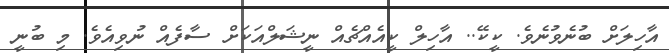
އާހިލަށް ބުނެވުނެވެ. ކީކޭ.. އާހިލް ކީއެއްޗެއް ނީޝަލްއަކަށް ސާފެއް ނުވިއެވެ. މި ބުނީ